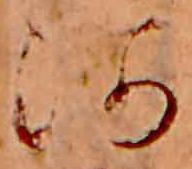
河